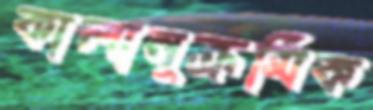
কালানুক্রমিক